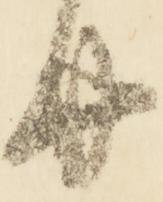
廿